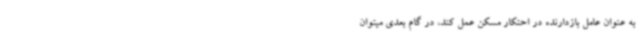
به عنوان عامل بازدارنده در احتکار مسکن عمل کند، در گام بعدی میتوان